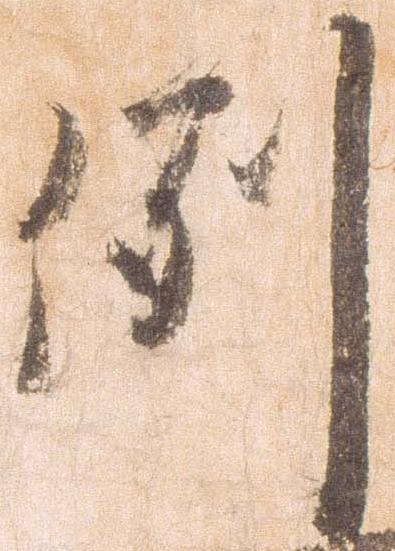
例